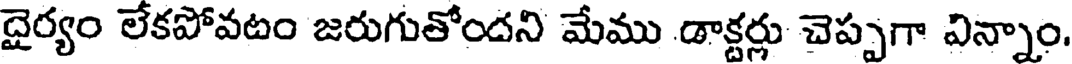
దైర్యం లేకపోవటం జరుగుతోందని మేము డాక్టర్లు చెప్పగా విన్నాం